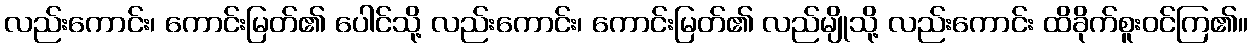
လည်းကောင်း၊ ကောင်းမြတ်၏ ပေါင်သို့ လည်းကောင်း၊ ကောင်းမြတ်၏ လည်မျိုသို့ လည်းကောင်း ထိခိုက်စူးဝင်ကြ၏။